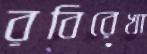
রবিরেখা